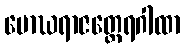
မောဃရာဇတ္ထေရဂါထာ